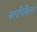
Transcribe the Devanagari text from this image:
बालचिकित्सा